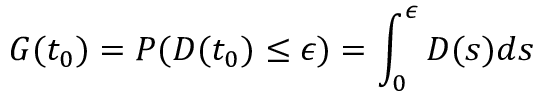
G ( t _ { 0 } ) = P ( D ( t _ { 0 } ) \leq \epsilon ) = \int _ { 0 } ^ { \epsilon } D ( s ) d s